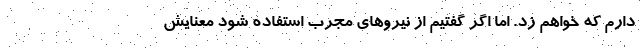
دارم که خواهم زد. اما اگر گفتیم از نیرو‌های مجرب استفاده شود معنایش